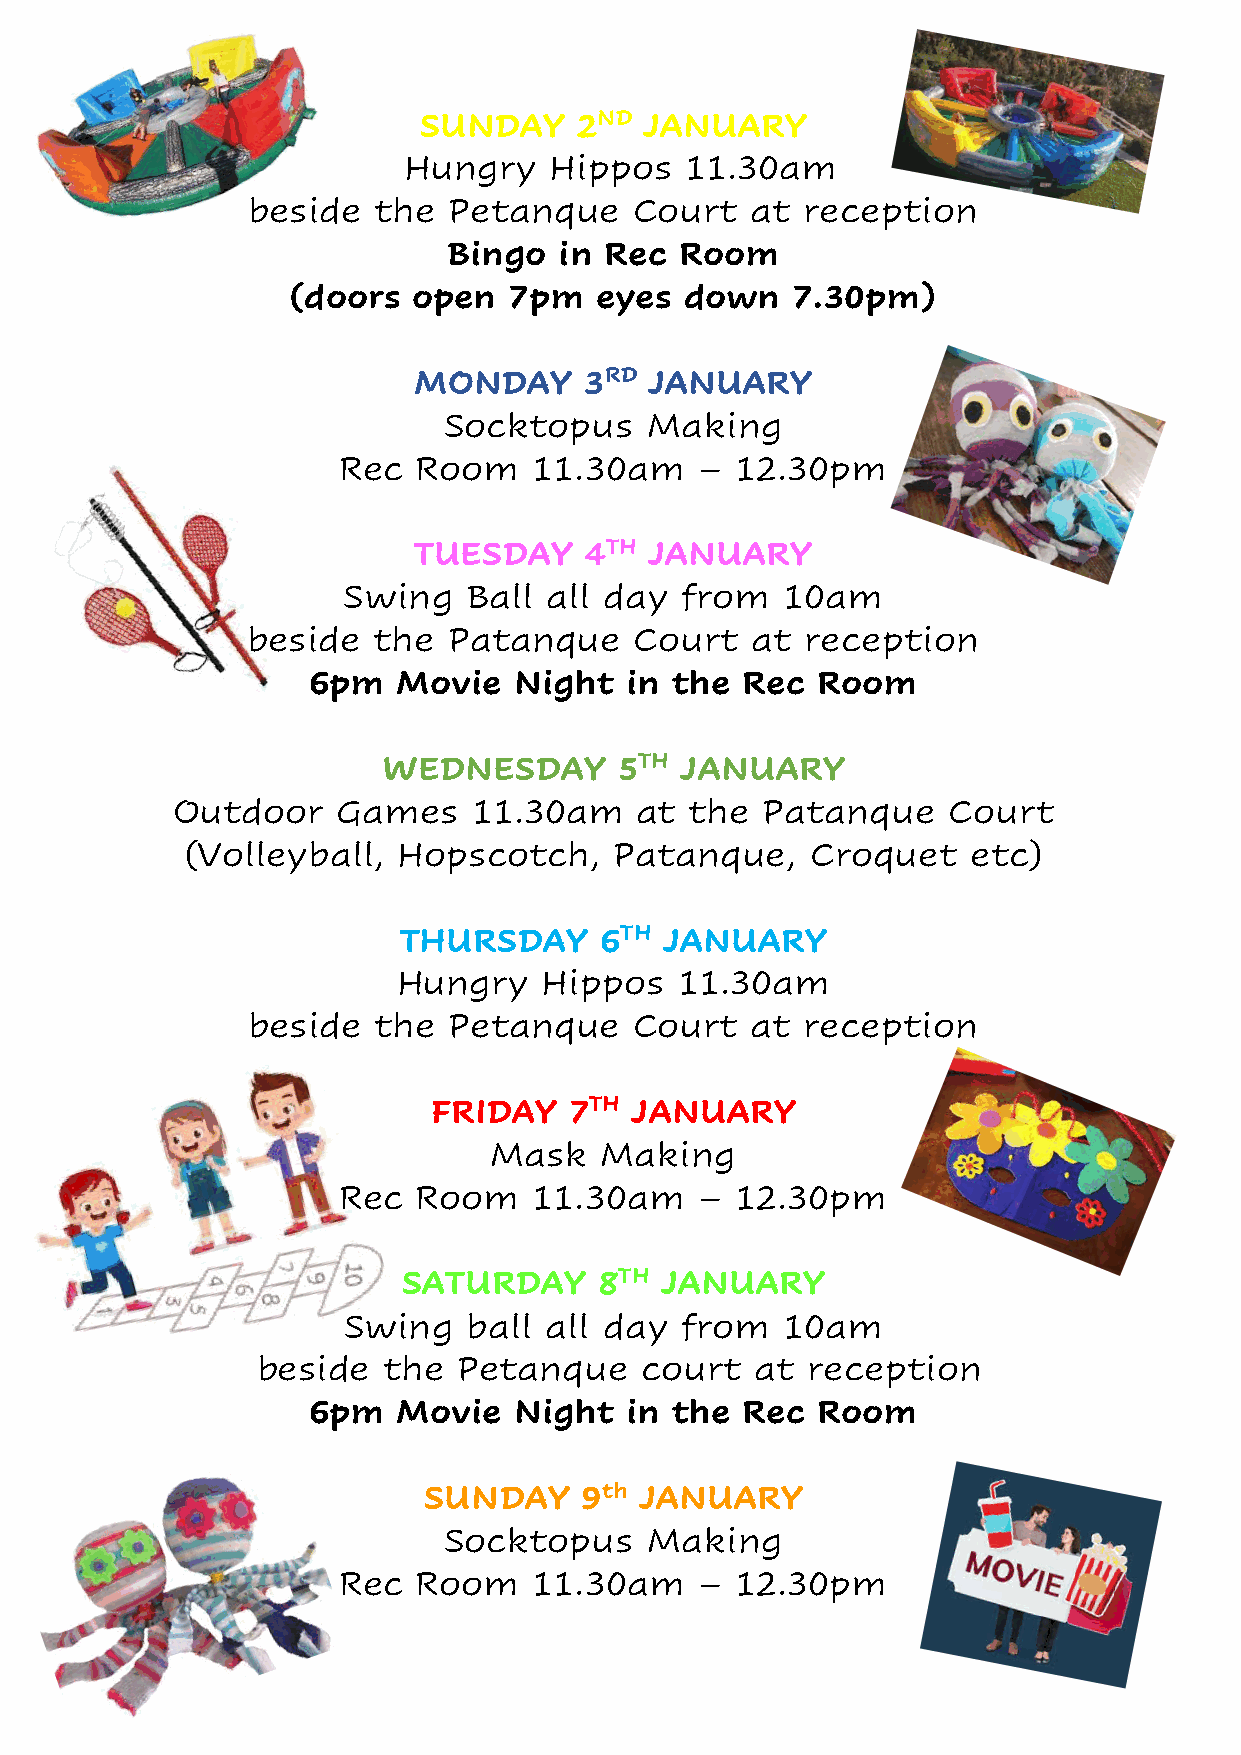
SUNDAY    2ND  JANUARY
 Hungry   Hippos   11.30am
 beside   the  Petanque    Court   at reception
 Bingo  in Rec  Room
 (doors  open   7pm  eyes  down   7.30pm)
 MONDAY      3RD JANUARY
 Socktopus     Making
 Rec   Room   11.30am    –  12.30pm
 TUESDAY     4TH JANUARY
 Swing   Ball all day  from   10am
 beside   the  Patanque    Court   at reception
 6pm   Movie   Night  in  the Rec  Room
 WEDNESDAY       5TH JANUARY
 Outdoor    Games    11.30am    at  the Patanque     Court
 (Volleyball,  Hopscotch,     Patanque,    Croquet   etc)
 THURSDAY      6TH JANUARY
 Hungry    Hippos   11.30am
 beside   the  Petanque    Court   at reception
 FRIDAY   7TH JANUARY
 Mask    Making
 Rec   Room   11.30am    –  12.30pm
 SATURDAY     8TH JANUARY
 Swing   ball all day  from   10am
 beside  the  Petanque    court   at reception
 6pm   Movie   Night  in  the Rec  Room
 SUNDAY    9th JANUARY
 Socktopus     Making
 Rec   Room   11.30am    –  12.30pm